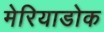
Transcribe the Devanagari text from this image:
मेरियाडोक